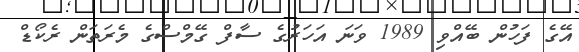
އޭގެ ފަހުން ބޭއްވި 1989 ވަނަ އަހަރުގެ ސާފް ގޭމްސްގެ މެރަތަން ރެކޯޑް